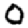
Digit: 0